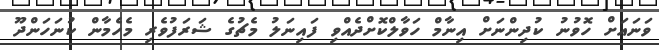
ވަނައަށް ހޮވުނު ކުދިންނަށް އިނާމް ހަވާލްކޮށްދެއްވި ފައިނަލު މެޗުގެ ޝަރަފުވެރި މެހެމާން ކުނަހަންދޫ